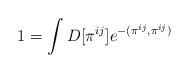
LaTeX: \begin{align*}1=\int D[\pi^{ij}] e^{-(\pi^{ij},\pi^{ij})}\end{align*}